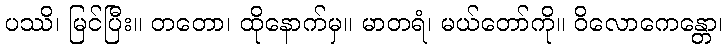
ပဿိ၊ မြင်ပြီး။ တတော၊ ထိုနောက်မှ။ မာတရံ၊ မယ်တော်ကို။ ဝိလောကေန္တော၊